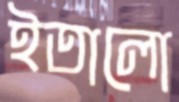
ইতালো